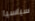
سياسيا